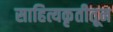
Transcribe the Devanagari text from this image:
साहित्यकृतीतून